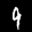
Label: 9